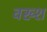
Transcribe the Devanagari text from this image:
वख्श